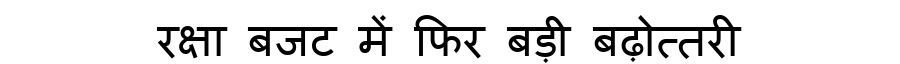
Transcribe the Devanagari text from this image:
रक्षा बजट में फिर बड़ी बढ़ोत्तरी